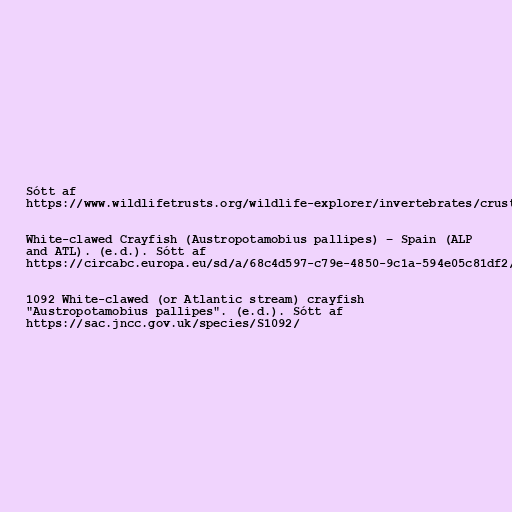
Sótt af
https://www.wildlifetrusts.org/wildlife-explorer/invertebrates/crustacea-centipedes-and-millipedes/white-clawed-crayfish

White-clawed Crayfish (Austropotamobius pallipes) – Spain (ALP
and ATL). (e.d.). Sótt af
https://circabc.europa.eu/sd/a/68c4d597-c79e-4850-9c1a-594e05c81df2/ES%20-%20White-clawed%20Crayfish%20(Austropotamobius%20pallipes)%20-%20Final.pdf

1092 White-clawed (or Atlantic stream) crayfish
"Austropotamobius pallipes". (e.d.). Sótt af
https://sac.jncc.gov.uk/species/S1092/